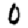
Digit: 0